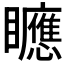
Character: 𥌾